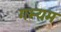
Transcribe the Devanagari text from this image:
गम्यम